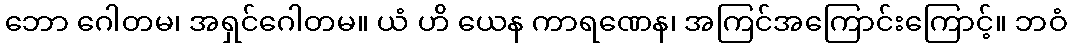
ဘော ဂေါတမ၊ အရှင်ဂေါတမ။ ယံ ဟိ ယေန ကာရဏေန၊ အကြင်အကြောင်းကြောင့်။ ဘဝံ